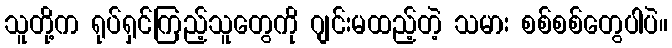
သူတို့က ရုပ်ရှင်ကြည့်သူတွေကို ဂျင်းမထည့်တဲ့ သမား စစ်စစ်တွေပါပဲ။